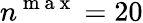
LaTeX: n^{\mathrm{~m~a~x~}}=20